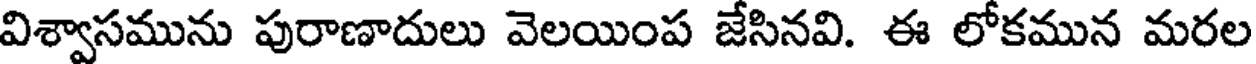
విశ్వాసమును పురాణాదులు వెలయింప జేసినవి. ఈ లోకమున మరల